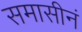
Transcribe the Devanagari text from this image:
समासीनं